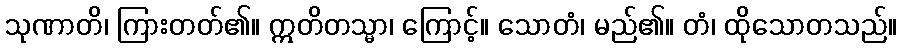
သုဏာတိ၊ ကြားတတ်၏။ ဣတိတသ္မာ၊ ကြောင့်။ သောတံ၊ မည်၏။ တံ၊ ထိုသောတသည်။